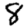
Digit: 8